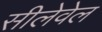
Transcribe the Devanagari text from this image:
सीलेवेल